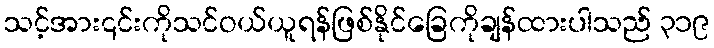
သင့်အား၎င်းကိုသင်ဝယ်ယူရန်ဖြစ်နိုင်ခြေကိုချန်ထားပါသည် ၃၁၉